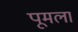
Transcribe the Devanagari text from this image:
पूमला